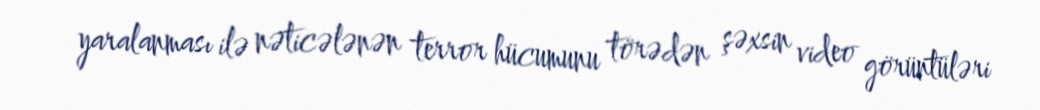
yaralanması ilə nəticələnən terror hücumunu törədən şəxsin video görüntüləri